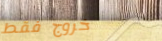
خروج فقط